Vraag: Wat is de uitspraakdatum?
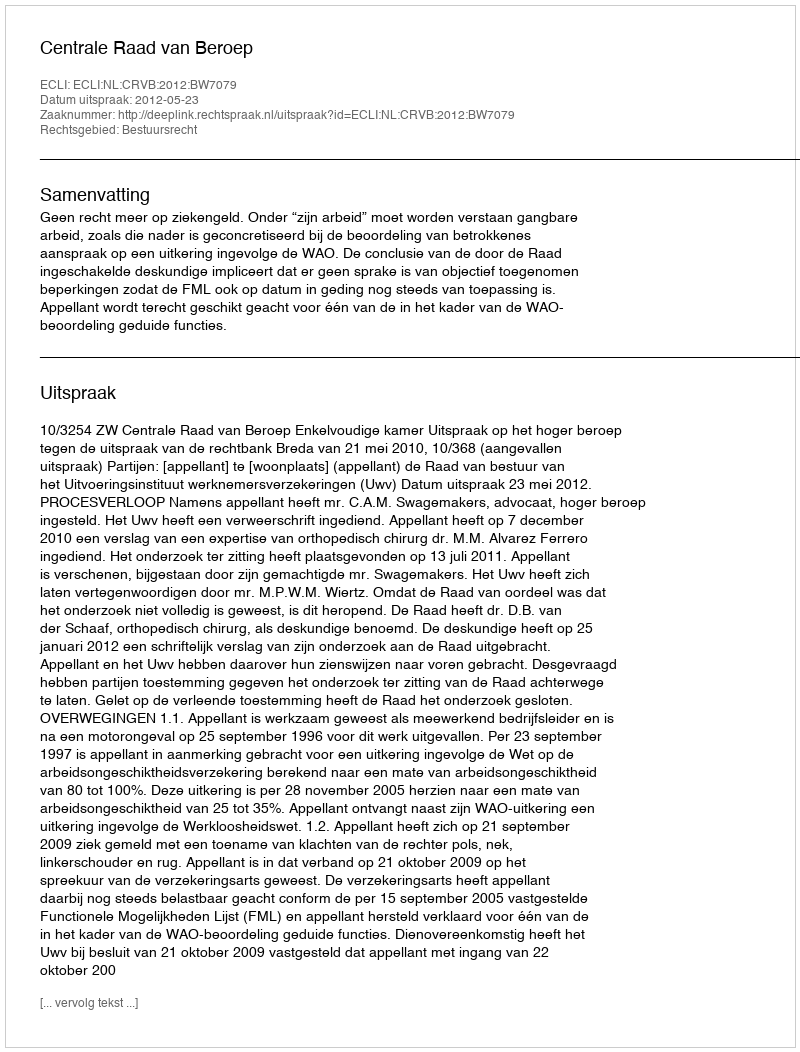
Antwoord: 2012-05-23